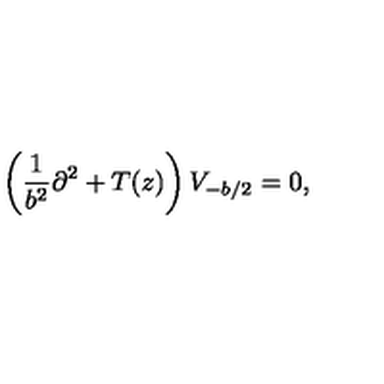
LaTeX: \left( \frac { 1 } { b ^ { 2 } } \partial ^ { 2 } + T ( z ) \right) V _ { - b / 2 } = 0 , \nonumber